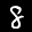
Label: 8